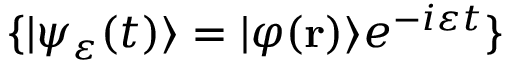
\{ | \psi _ { \varepsilon } ( t ) \rangle = | \varphi ( { \bf r } ) \rangle e ^ { - i \varepsilon t } \}